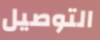
التوصيل